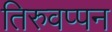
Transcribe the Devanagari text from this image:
तिरुवप्पन